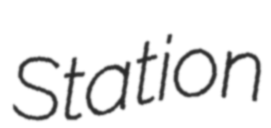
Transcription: Station